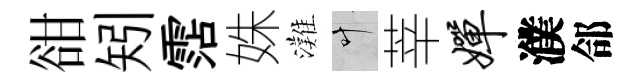
𧮳矧霑姝灘叶莘婵濮郃